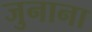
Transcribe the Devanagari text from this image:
जुनाना